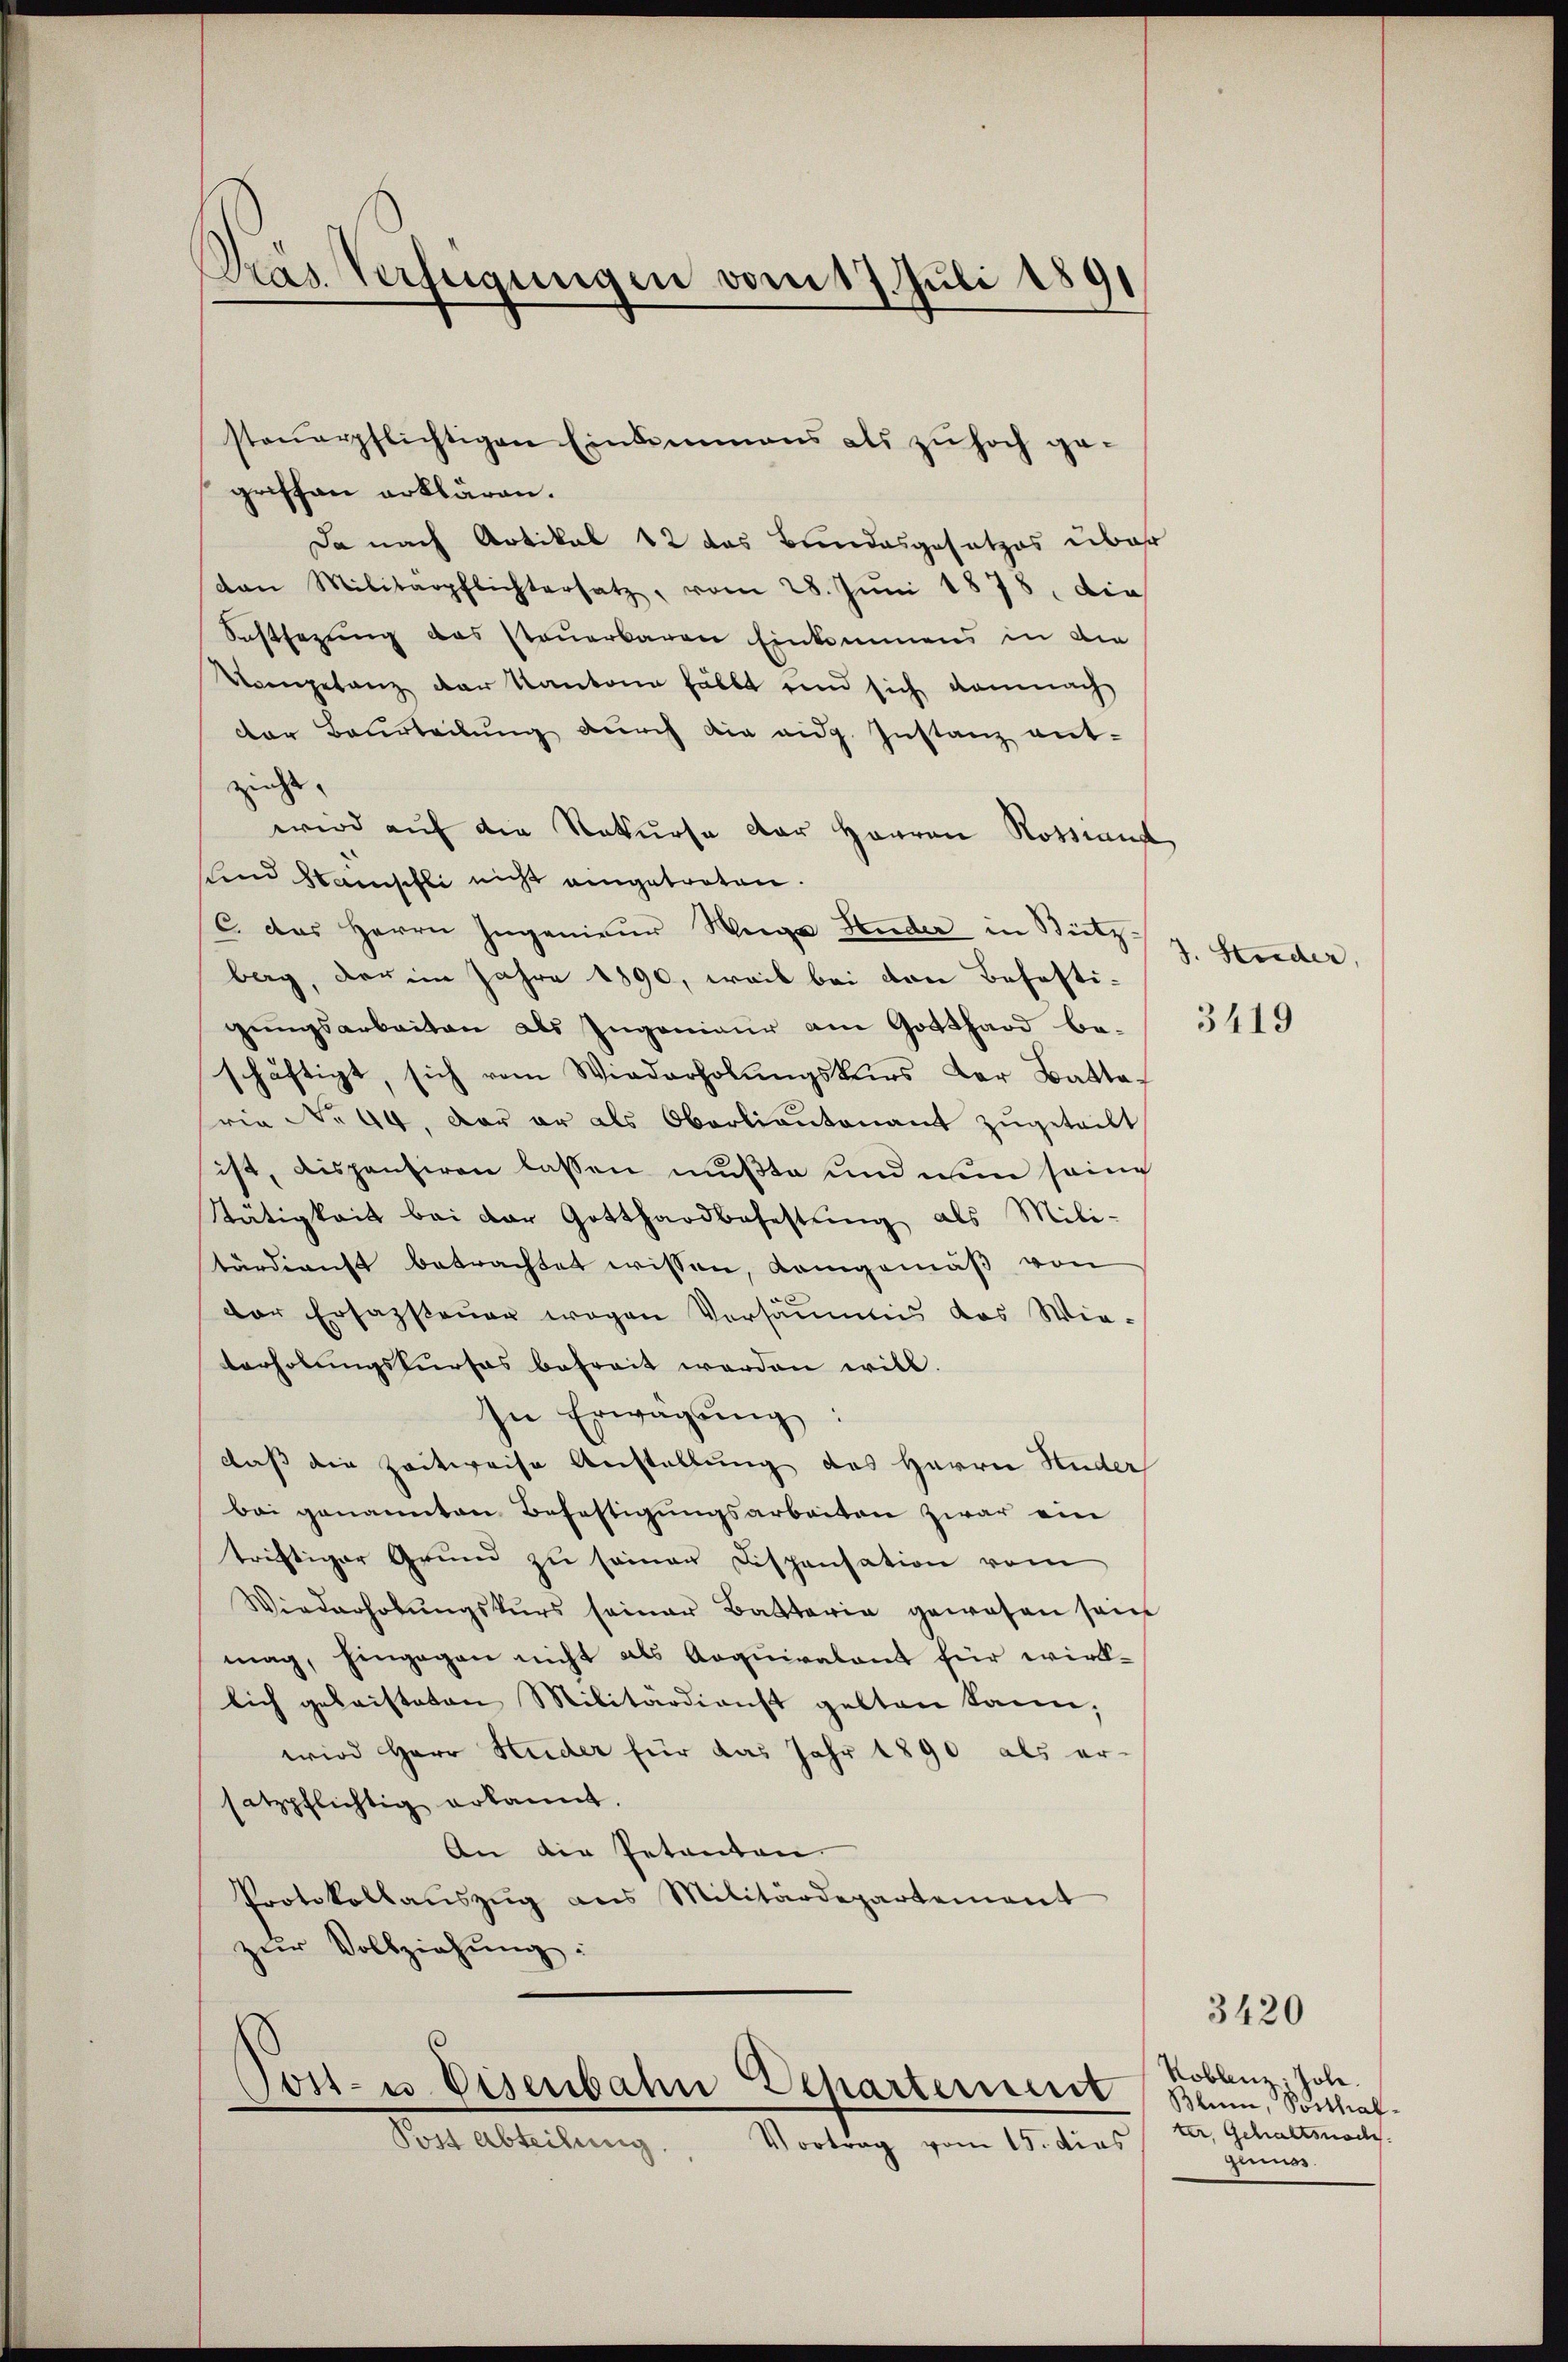
Das Verfügungen vom 17. Juli 1891

steŭerpflichtigen Einsammens als zŭ hoch ge-
griffen erklären.
Da nach Artikal 12 das Bundesgesetzes über
dan Militärpflichtersatz, vom 28. Jŭni 1878, die
Sastsezung das steuerbaren Einkommens in die
Vomgetanz der Kantone halbt und sich demnach
der Beurteilŭng dŭrch die eidg. Instanz ent-
ziehe. |
wird auf die Rekurse der Herren Rossiand
und Wünschli nicht eingetreten.
C. das Herrn Ingenieur Weige Huder in Bietz-
berg, der im Jahre 1890, weil bei von Behaftigungsarbeiten als Ingenieur am Gotthard be-
schäftigt, sich vom Wiederholŭngskurs der Battaria No 44. Der er als Oberlieutenant zugetrift
ist, dispensiren lassen mußte und nun seine
Stätigkeit bei der Gotthardbefestŭng als Mili-
tärdienst betrachtet wissen, Kamgemäß von
der Ersazsteuer wegen Versäumis das Wieterholungskurses befreit werden will.
In Erwägŭng:
daß die Zeitweise Anstellung des Herrn Huder
bei genannten Befestigungsarbeiten zwar ein
triftiger Grund zu seinen Dispensation vom
Wiederholŭngskŭrs seiner Battaria gewesen sein
mag, hingegen nicht als Aequivalent für wirk-
lich gelaisteten Militärdienst gelten kann,
wird Herr Huder für das Jahr 1890 als er-
satzpflichtig erkannt.
An die Petenten
Protokollaŭszŭg ans Militärdepartement
zur Vollziehung:

Post- u. Eisenbahn
Departement
Post Abteilung
Vortrag vom 15. dies

J. Studer,
3419

3420

Koblenz, Jole.
Blum, Posthalter, Gehaltsnach
genuss.